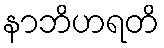
နာဘိဟရတိ